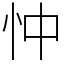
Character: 忡